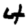
Digit: 4